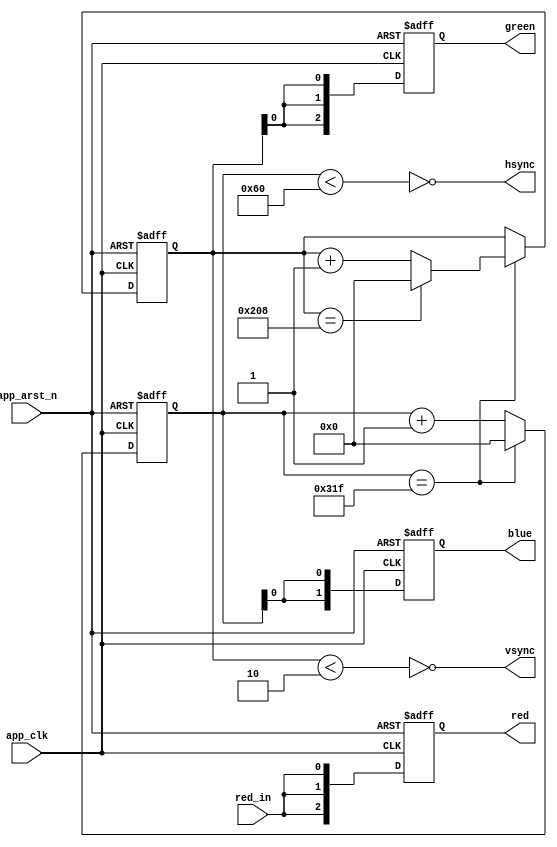
/*
MIT License

Copyright (c) [2016] [Zach Stechly]

Permission is hereby granted, free of charge, to any person obtaining a copy
of this software and associated documentation files (the "Software"), to deal
in the Software without restriction, including without limitation the rights
to use, copy, modify, merge, publish, distribute, sublicense, and/or sell
copies of the Software, and to permit persons to whom the Software is
furnished to do so, subject to the following conditions:

The above copyright notice and this permission notice shall be included in all
copies or substantial portions of the Software.

THE SOFTWARE IS PROVIDED "AS IS", WITHOUT WARRANTY OF ANY KIND, EXPRESS OR
IMPLIED, INCLUDING BUT NOT LIMITED TO THE WARRANTIES OF MERCHANTABILITY,
FITNESS FOR A PARTICULAR PURPOSE AND NONINFRINGEMENT. IN NO EVENT SHALL THE
AUTHORS OR COPYRIGHT HOLDERS BE LIABLE FOR ANY CLAIM, DAMAGES OR OTHER
LIABILITY, WHETHER IN AN ACTION OF CONTRACT, TORT OR OTHERWISE, ARISING FROM,
OUT OF OR IN CONNECTION WITH THE SOFTWARE OR THE USE OR OTHER DEALINGS IN THE
SOFTWARE.
*/
module vga_sync
(
   input   wire          app_clk,
   input   wire          app_arst_n,
   input   wire          red_in,
   output  wire          vsync,
   output  wire          hsync,
   output  wire [02:00]  red,
   output  wire [02:00]  green,
   output  wire [01:00]  blue
);

// internal signals
reg  [02:00]  red_r, green_r;
reg  [01:00]  blue_r;
reg  [09:00]  row_cnt_r;
reg  [09:00]  col_cnt_r;

// make random colors
always @(posedge app_clk or negedge app_arst_n) begin
  if (~app_arst_n) begin
     red_r     <= 'b0; 
     green_r   <= 'b0;
     blue_r    <= 'b0;
     row_cnt_r <= 'b0;
     col_cnt_r <= 'b0;
  end else begin

     if (col_cnt_r == 10'd799) begin
         col_cnt_r   <= 'b0;
         if (row_cnt_r == 10'd520) begin
            row_cnt_r    <= 'b0;
         end else begin
            row_cnt_r    <= row_cnt_r + 1;
         end
     end else begin
         col_cnt_r   <= col_cnt_r + 1;
     end

     red_r     <= {red_in,red_in,red_in};
     green_r   <= {row_cnt_r[0],row_cnt_r[0],row_cnt_r[0]};
     blue_r    <= {col_cnt_r[0],col_cnt_r[0]};
  end
end

// output assignments
assign vsync   = ~(row_cnt_r < 10'd2);
assign hsync   = ~(col_cnt_r < 10'd96);
assign red     = red_r;
assign green   = green_r;
assign blue    = blue_r;
endmodule